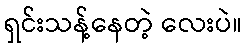
ရှင်းသန့်နေတဲ့ လေးပဲ။